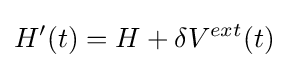
H'(t)=H+\delta V^{ext}(t)